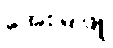
အေးမြဖြူ